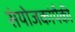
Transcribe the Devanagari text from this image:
संयोजकांपैकी